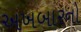
અખબારનો